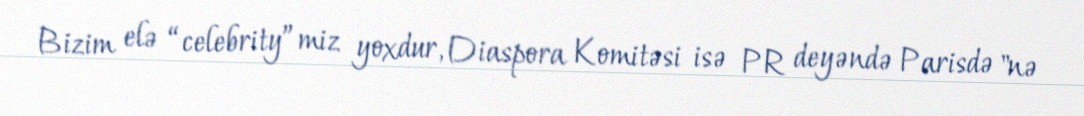
Bizim elə “celebrity”miz yoxdur, Diaspora Komitəsi isə PR deyəndə Parisdə "nə